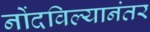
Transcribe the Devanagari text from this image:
नोंदविल्यानंतर